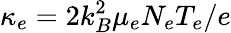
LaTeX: \kappa_{e}=2k_{B}^{2}{\mu_{e}}{N_{e}}{T}_{e}/e